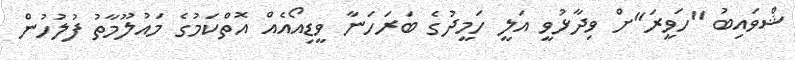
ޝްވައިބު "ހަވީރަ"ށް ވިދާޅުވީ އަލީ ހަމީދުގެ ބަރަހަނާ ވީޑިއޯއެއް އޮތްކަމުގެ މައުލޫމާތު ފުލުހުން